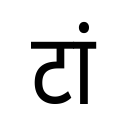
OCR:
टां